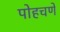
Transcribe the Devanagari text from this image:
पोहचणे